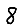
Digit: 8